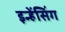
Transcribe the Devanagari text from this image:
इन्हेंसिंग